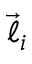
\vec { \boldsymbol { \ell } } _ { i }